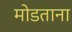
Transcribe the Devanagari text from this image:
मोडताना